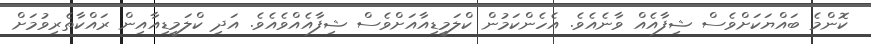
ކޮންމެ ބައްޔަކަށްވެސް ޝިފާއެއް ވާނެއެވެ. އެހެންކަމުން ކްލަމީޑިއާއަށްވެސް ޝިފާއެއްވެއެވެ. އަދި ކްލަމީޑިއާއިން ރައްކާތެރިވުމަށް